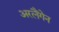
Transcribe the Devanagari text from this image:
अरलैंगेन